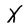
Character: X